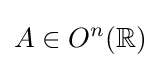
A\in O^{n}(\mathbb {R} )